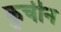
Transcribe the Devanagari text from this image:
कुर्चीन